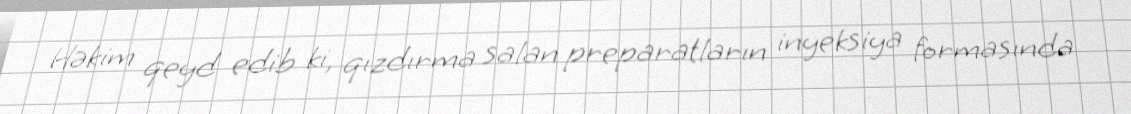
Həkim qeyd edib ki, qızdırma salan preparatların inyeksiya formasında